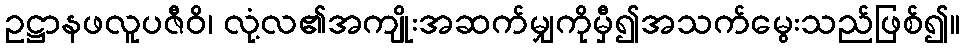
ဥဋ္ဌာနဖလူပဇီဝိ၊ လုံ့လ၏အကျိုးအဆက်မျှကိုမှီ၍အသက်မွေးသည်ဖြစ်၍။